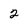
Character: 2